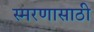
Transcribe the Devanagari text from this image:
स्मरणासाठी